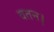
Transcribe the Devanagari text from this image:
वतन।